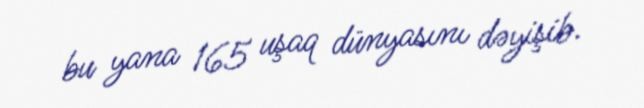
bu yana 165 uşaq dünyasını dəyişib.